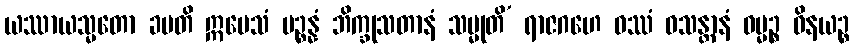
ယဿာယသ္မတော ခမတိ ဣမေသံ ပဉ္စန္နံ ဘိက္ခုသတာနံ သမ္မုတိ’ ရာဇဂဟေ ဝဿံ ဝသန္တာနံ ဓမ္မဉ္စ ဝိနယဉ္စ